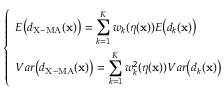
\left\{ \begin{array} { l l } { \displaystyle E \bigl ( d _ { \mathrm { X - M A } } ( \mathbf { x } ) \bigr ) = \sum _ { k = 1 } ^ { K } w _ { k } ( \boldsymbol { \eta } ( \mathbf { x } ) ) E \bigl ( d _ { k } ( \mathbf { x } ) \bigr ) } \\ { \displaystyle V a r \bigl ( d _ { \mathrm { X - M A } } ( \mathbf { x } ) \bigr ) = \sum _ { k = 1 } ^ { K } w _ { k } ^ { 2 } ( \boldsymbol { \eta } ( \mathbf { x } ) ) V a r \bigl ( d _ { k } ( \mathbf { x } ) \bigr ) } \end{array} \right.